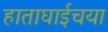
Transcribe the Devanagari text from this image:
हाताघाईचया